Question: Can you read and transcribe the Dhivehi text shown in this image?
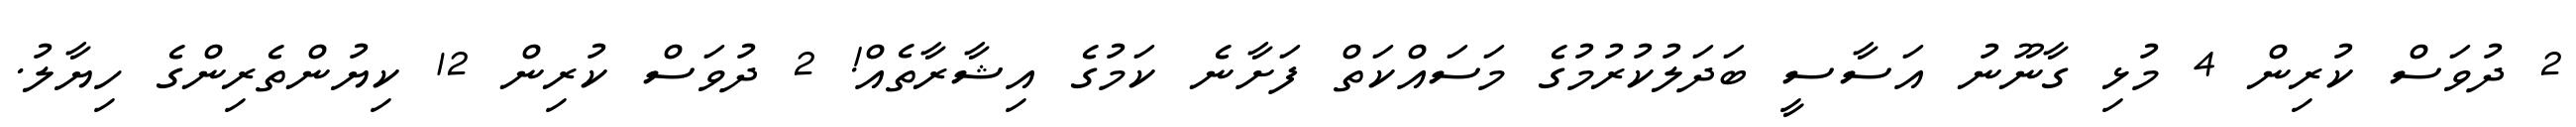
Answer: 2 ދުވަސް ކުރިން 4 މުޅި ގާނޫނު އަސާސީ ބަދަލުކުރުމުގެ މަސައްކަތް ފަށާނެ ކަމުގެ އިޝާރާތެއް! 2 ދުވަސް ކުރިން 12 ކިޔުންތެރިންގެ ހިޔާލު.